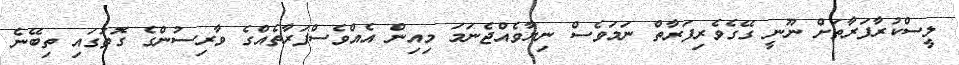
ލީސްކުރާފަރާތަށް ނޫނީ ގޭގެވެރިފަރާތް ނަމަވެސް ނިޔާވެއްޖެނަމަ މިއިން އެއްވެސްފަރާތެއްގެ ވާރިސުންގެ ގޮތުގައި ތިބޭނެ